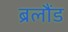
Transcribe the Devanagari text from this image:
ब्रलौंड